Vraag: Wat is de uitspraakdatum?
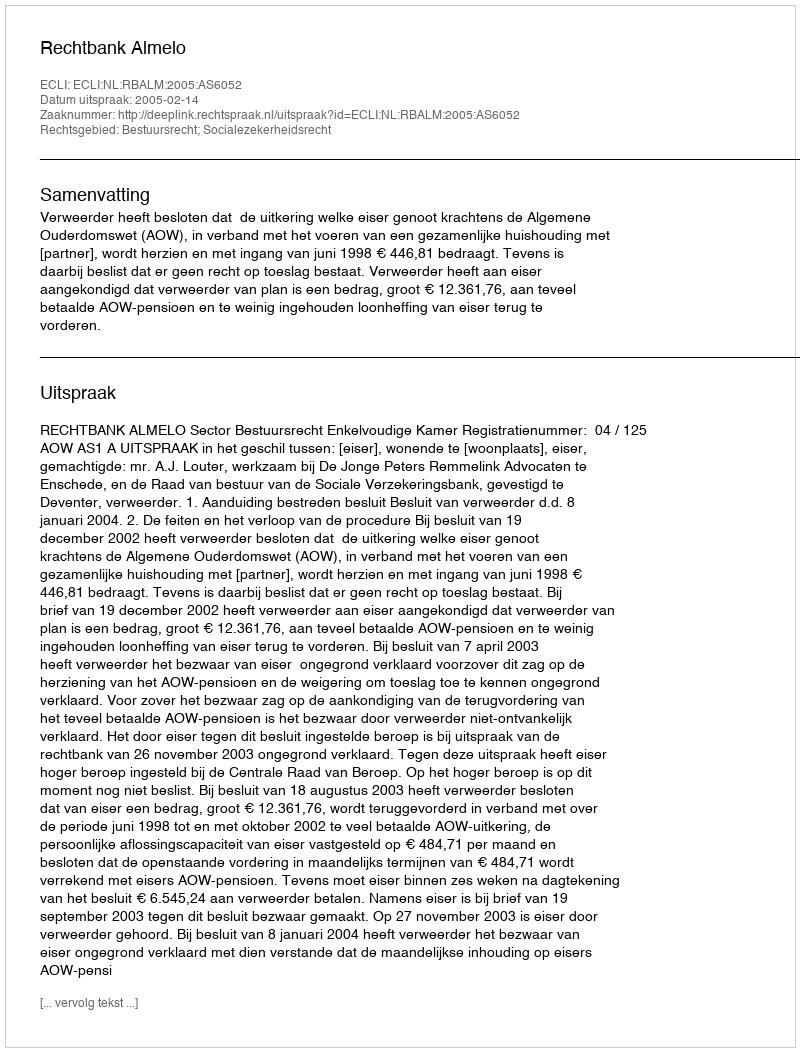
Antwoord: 2005-02-14